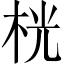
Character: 桄